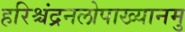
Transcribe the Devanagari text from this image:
हरिश्चंद्रनलोपाख्यानमु